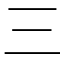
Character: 三